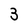
Character: 3